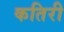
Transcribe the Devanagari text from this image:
कतिरी